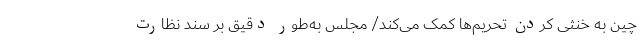
چین به خنثی کردن تحریم‌ها کمک می‌کند/ مجلس به‌طور دقیق بر سند نظارت